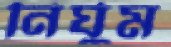
নির্ঘুম